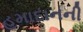
હમાદાનની